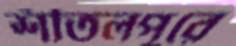
শীতলপুরে